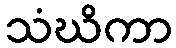
သံဃိကာ